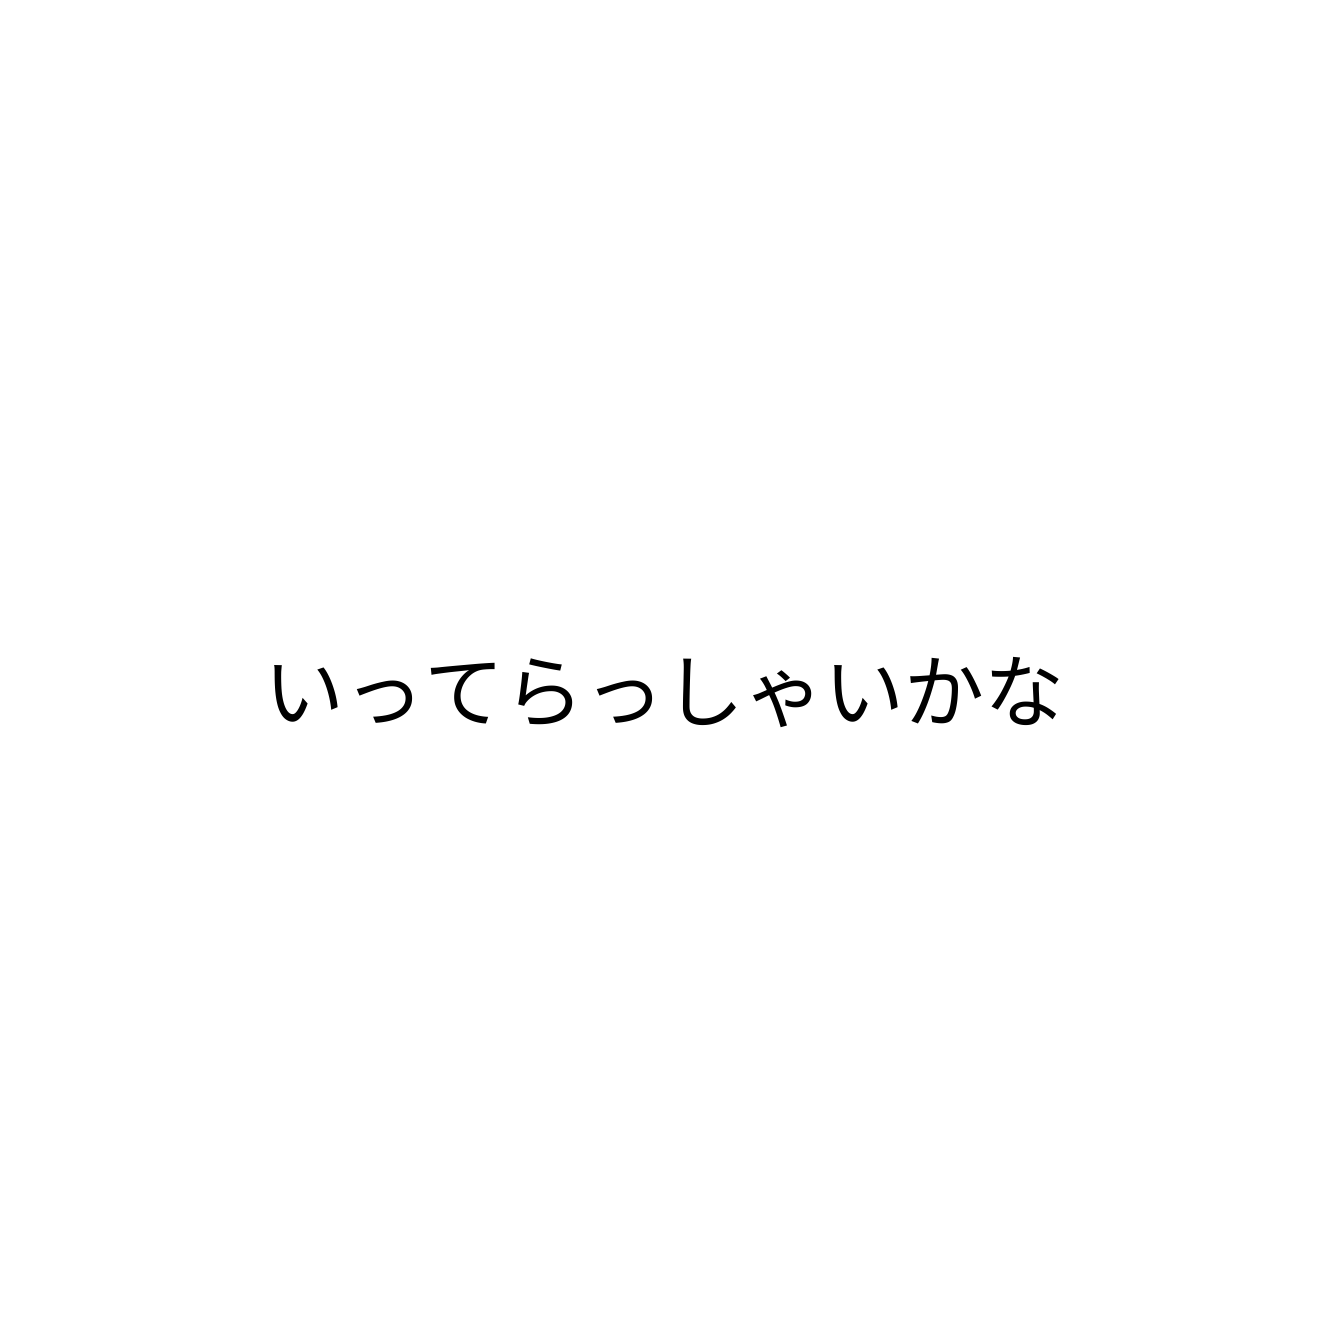
いってらっしゃいかな